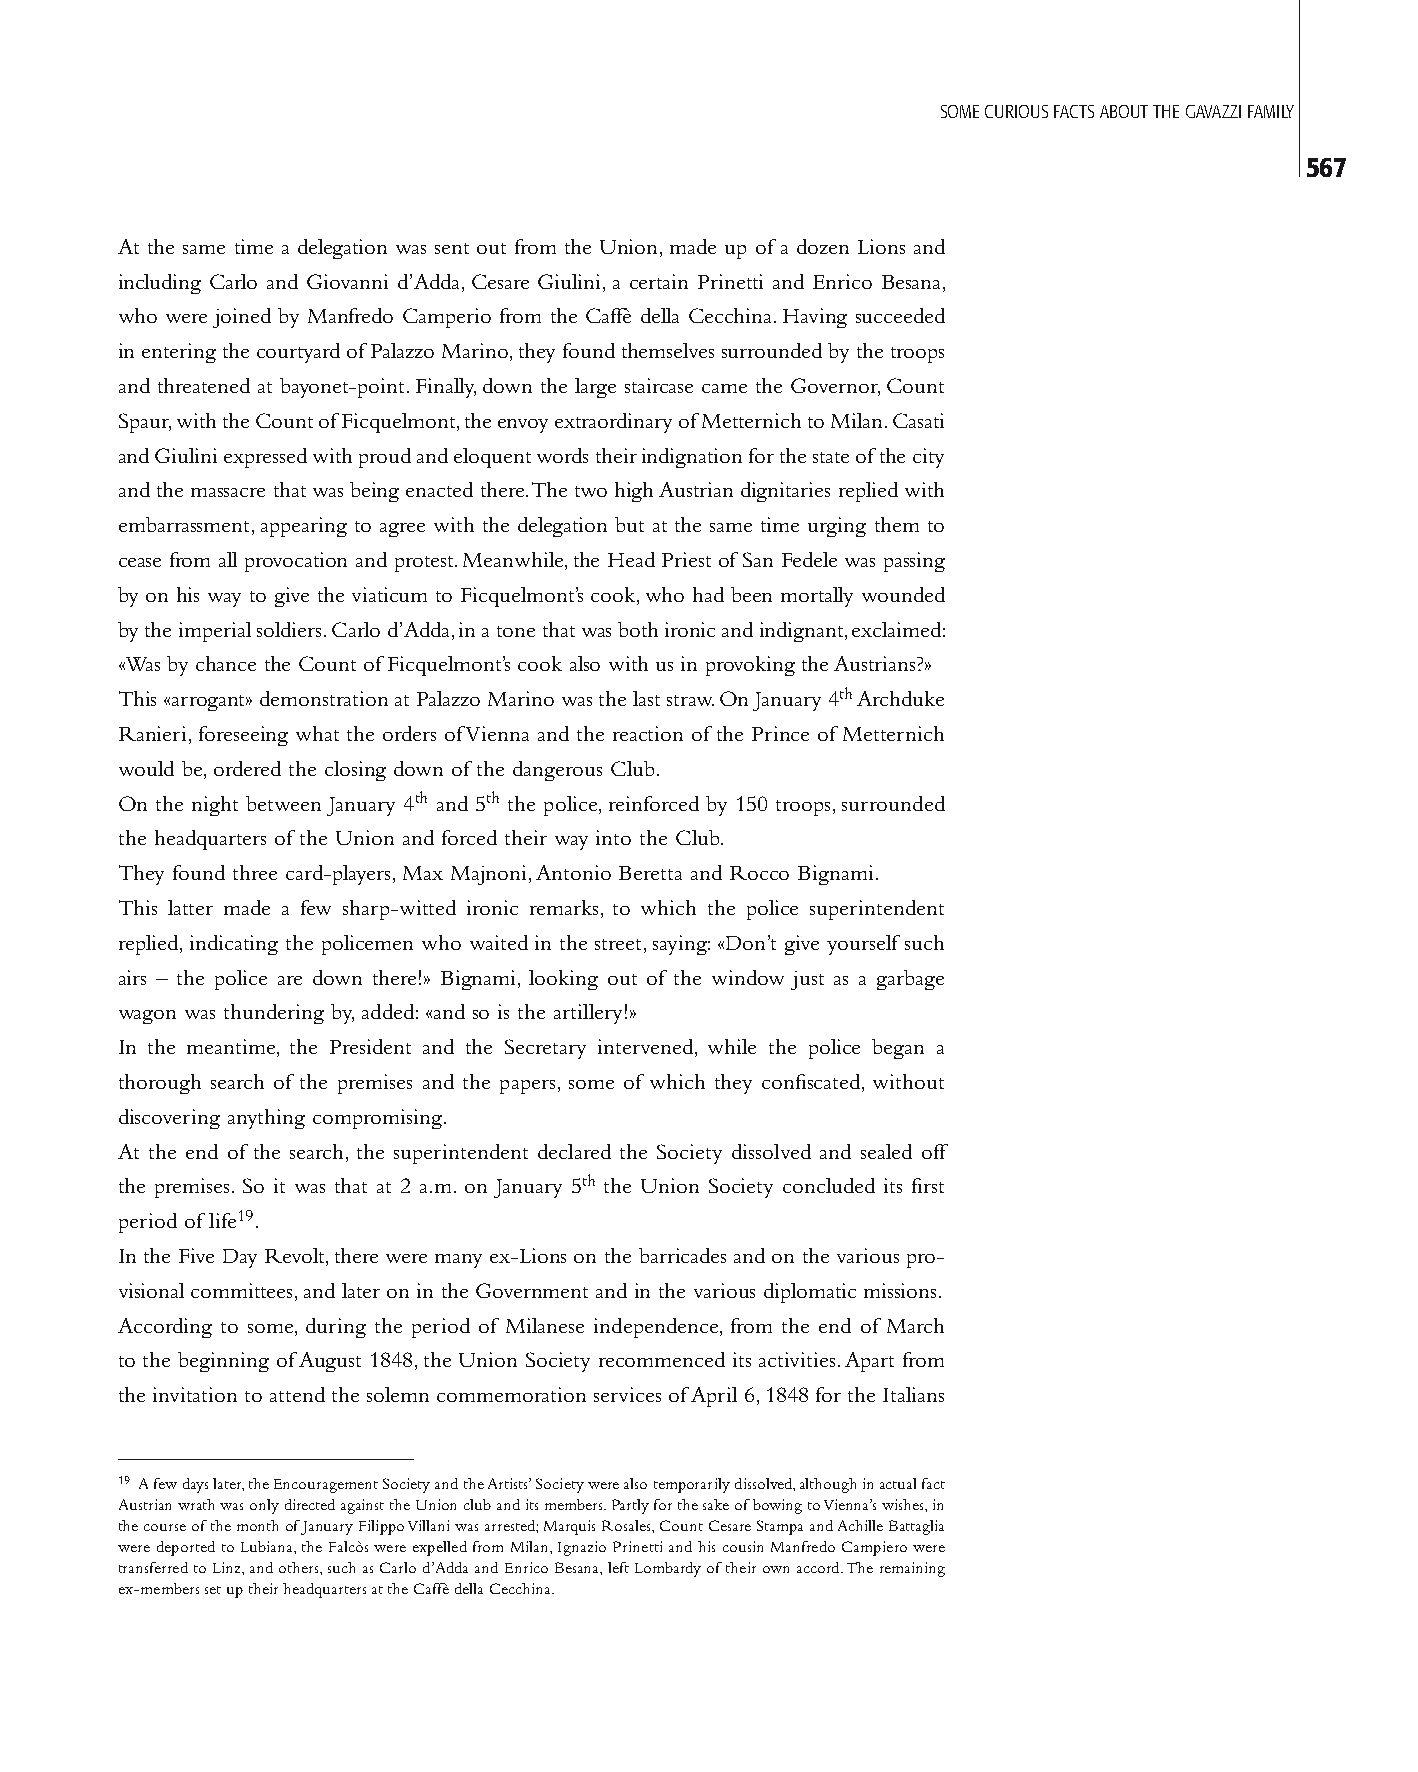
SOME CURIOUS FACTS ABOUT THE GAVAZZI FAMILY
 567
 At the same time a delegation was sent out from the Union, made up of a dozen Lions and
 including Carlo and Giovanni d’Adda, Cesare Giulini, a certain Prinetti and Enrico Besana,
 who were joined by Manfredo Camperio from the Caffè della Cecchina. Having succeeded
 in entering the courtyard of Palazzo Marino, they found themselves surrounded by the troops
 and threatened at bayonet-point. Finally, down the large staircase came the Governor, Count
 Spaur, with the Count of Ficquelmont, the envoy extraordinary of Metternich to Milan. Casati
 and Giulini expressed with proud and eloquent words their indignation for the state of the city
 and the massacre that was being enacted there. The two high Austrian dignitaries replied with
 embarrassment, appearing to agree with the delegation but at the same time urging them to
 cease from all provocation and protest. Meanwhile, the Head Priest of San Fedele was passing
 by on his way to give the viaticum to Ficquelmont’s cook, who had been mortally wounded
 by the imperial soldiers. Carlo d’Adda, in a tone that was both ironic and indignant, exclaimed:
 «Was by chance the Count of Ficquelmont’s cook also with us in provoking the Austrians?»
 This «arrogant» demonstration at Palazzo Marino was the last straw. On January 4th Archduke
 Ranieri, foreseeing what the orders of Vienna and the reaction of the Prince of Metternich
 would be, ordered the closing down of the dangerous Club.
 On the night between January 4th and 5th the police, reinforced by 150 troops, surrounded
 the headquarters of the Union and forced their way into the Club.
 They found three card-players, Max Majnoni, Antonio Beretta and Rocco Bignami.
 This latter made a few sharp-witted ironic remarks, to which the police superintendent
 replied, indicating the policemen who waited in the street, saying: «Don’t give yourself such
 airs – the police are down there!» Bignami, looking out of the window just as a garbage
 wagon was thundering by, added: «and so is the artillery!»
 In the meantime, the President and the Secretary intervened, while the police began a
 thorough search of the premises and the papers, some of which they confiscated, without
 discovering anything compromising.
 At the end of the search, the superintendent declared the Society dissolved and sealed off
 the premises. So it was that at 2 a.m. on January 5th the Union Society concluded its first
 period of life19.
 In the Five Day Revolt, there were many ex-Lions on the barricades and on the various pro-
 visional committees, and later on in the Government and in the various diplomatic missions.
 According to some, during the period of Milanese independence, from the end of March
 to the beginning of August 1848, the Union Society recommenced its activities. Apart from
 the invitation to attend the solemn commemoration services of April 6, 1848 for the Italians
 19 A few days later, the Encouragement Society and the Artists’ Society were also temporarily dissolved, although in actual fact
 Austrian wrath was only directed against the Union club and its members. Partly for the sake of bowing to Vienna’s wishes, in
 the course of the month of January Filippo Villani was arrested; Marquis Rosales, Count Cesare Stampa and Achille Battaglia
 were deported to Lubiana, the Falcòs were expelled from Milan, Ignazio Prinetti and his cousin Manfredo Campiero were
 transferred to Linz, and others, such as Carlo d’Adda and Enrico Besana, left Lombardy of their own accord. The remaining
 ex-members set up their headquarters at the Caffè della Cecchina.